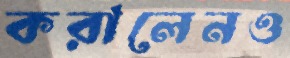
করালেনও